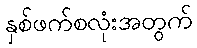
နှစ်ဖက်စလုံးအတွက်